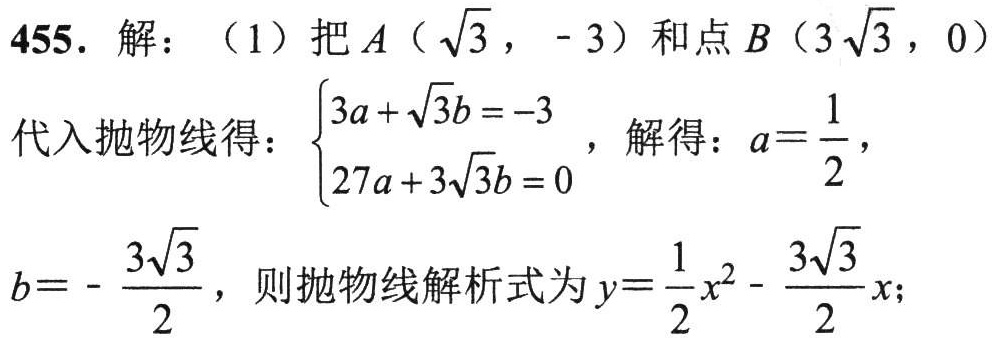
455. 解：（1）把\(A(\sqrt{3}, - 3)\)和点\(B(3\sqrt{3},0)\)代入抛物线得：\(\begin{cases}3a+\sqrt{3}b=-3\\27a + 3\sqrt{3}b = 0\end{cases}\)，解得：\(a = \frac{1}{2}\)，\(b=-\frac{3\sqrt{3}}{2}\)，则抛物线解析式为\(y = \frac{1}{2}x^{2}-\frac{3\sqrt{3}}{2}x\)；